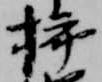
挿